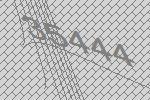
35444